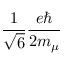
\frac { 1 } { \sqrt { 6 } } \frac { e \hbar } { 2 m _ { \mu } }